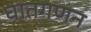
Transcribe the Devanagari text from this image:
घातगणन